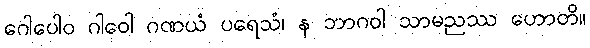
ဂေါပေါဝ ဂါဝေါ ဂဏယံ ပရေသံ၊ န ဘာဂဝါ သာမညဿ ဟောတိ။